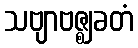
သဗျာဗဇ္ဈခတံ